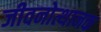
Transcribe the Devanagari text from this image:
जीवनोत्थानक